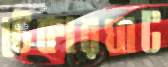
টেকারঘাট